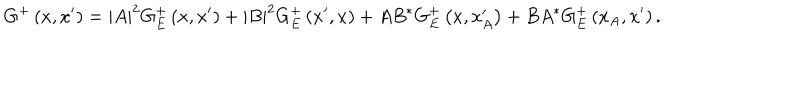
LaTeX: G ^ { + } \left( x , x ^ { \prime } \right) = \left| A \right| ^ { 2 } G _ { E } ^ { + } \left( x , x ^ { \prime } \right) + \left| B \right| ^ { 2 } G _ { E } ^ { + } \left( x ^ { \prime } , x \right) + A B ^ { \ast } G _ { E } ^ { + } \left( x , x _ { A } ^ { \prime } \right) + B A ^ { \ast } G _ { E } ^ { + } \left( x _ { A } , x ^ { \prime } \right) .